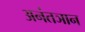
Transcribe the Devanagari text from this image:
अनंतञान